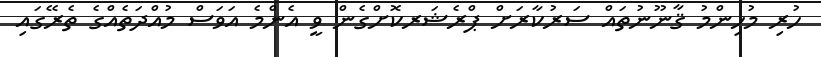
ހުރި މުހިންމު ޤާނޫނުތައް ސަރުކާރަށް ޕްރެޝަރކޮށްގެން ވީ އެންމެ އަވަސް މުއްދަތެއްގެ ތެރޭގައި